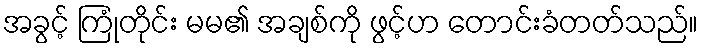
အခွင့် ကြုံတိုင်း မမ၏ အချစ်ကို ဖွင့်ဟ တောင်းခံတတ်သည်။